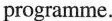
programme.